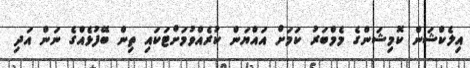
އިލެކްޝަން ކޮމިޝަންގެ މެމްބަރު ކަމަށް އައްޔަން ކުރެއްވުމަށްޓަކައި ތިން ބޭފުޅެއްގެ ނަން އަދި